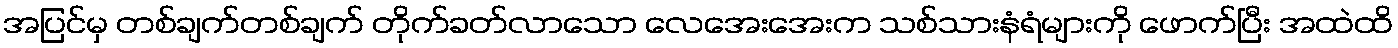
အပြင်မှ တစ်ချက်တစ်ချက် တိုက်ခတ်လာသော လေအေးအေးက သစ်သားနံရံများကို ဖောက်ပြီး အထဲထိ